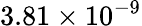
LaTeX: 3.81\times 10^{-9}